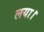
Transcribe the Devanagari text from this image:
लया।